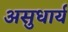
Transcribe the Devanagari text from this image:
असुधार्य